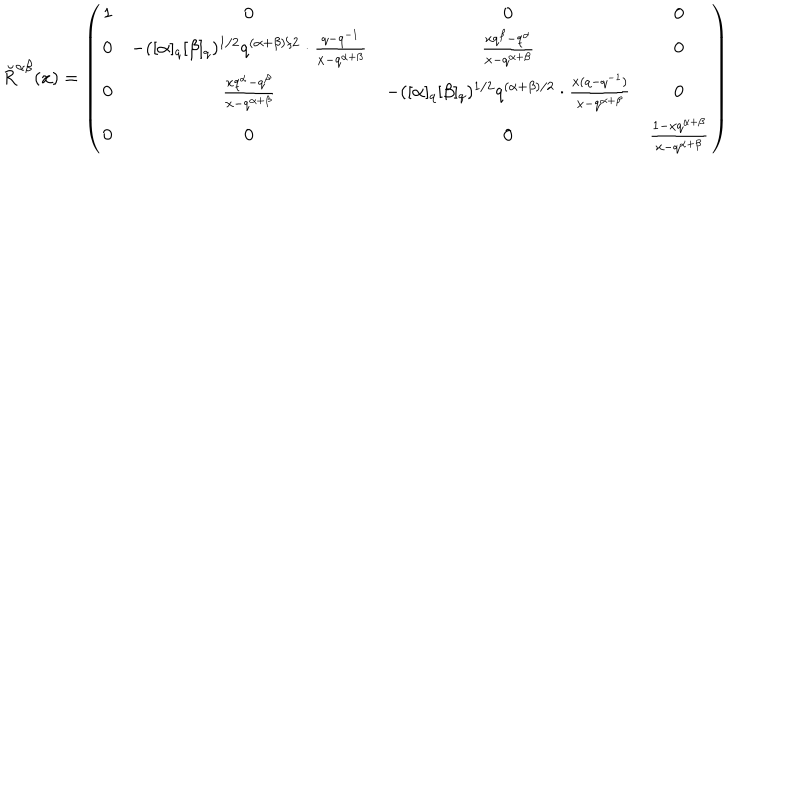
LaTeX: \breve { R } ^ { \alpha \beta } ( x ) = \left( \begin{array} { c c c c } { { 1 } } & { { 0 } } & { { 0 } } & { { 0 } } \\ { { 0 } } & { { - ( [ \alpha ] _ { q } [ \beta ] _ { q } ) ^ { 1 / 2 } q ^ { ( \alpha + \beta ) / 2 } \cdot \frac { q - q ^ { - 1 } } { x - q ^ { \alpha + \beta } } } } & { { \frac { x q ^ { \beta } - q ^ { \alpha } } { x - q ^ { \alpha + \beta } } } } & { { 0 } } \\ { { 0 } } & { { \frac { x q ^ { \alpha } - q ^ { \beta } } { x - q ^ { \alpha + \beta } } } } & { { - ( [ \alpha ] _ { q } [ \beta ] _ { q } ) ^ { 1 / 2 } q ^ { ( \alpha + \beta ) / 2 } \cdot \frac { x ( q - q ^ { - 1 } ) } { x - q ^ { \alpha + \beta } } } } & { { 0 } } \\ { { 0 } } & { { 0 } } & { { 0 } } & { { \frac { 1 - x q ^ { \alpha + \beta } } { x - q ^ { \alpha + \beta } } } } \\ \end{array} \right)